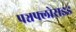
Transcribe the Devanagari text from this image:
पञ्चफ्लोराइड